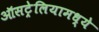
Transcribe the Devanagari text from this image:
ऑसट्रेलियामध्ये